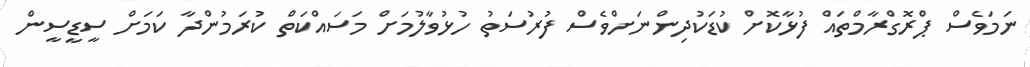
ނަމަވެސް ޕްރޮގްރާމްތައް ފުޅާކޮށް ކުޑަކުދިންނަށްވެސް ފުރުސަތު ހުޅުވާލުމަށް މަސައްކަތް ކުރަމުންދާ ކަމަށް ސީޑީސީން